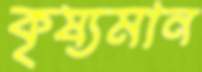
কৃষ্যমান